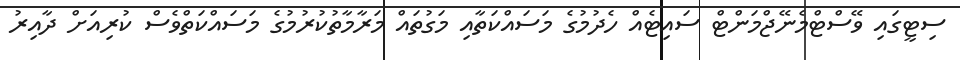
ސިޓީގައި ވޭސްޓްމެނޭޖްމަންޓް ސައިޓެއް ހެދުމުގެ މަސައްކަތާއި މަގުތައް މަރާމާތުކުރުމުގެ މަސައްކަތްވެސް ކުރިއަށް ދާއިރު